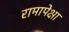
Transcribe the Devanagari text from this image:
रामापेक्षा